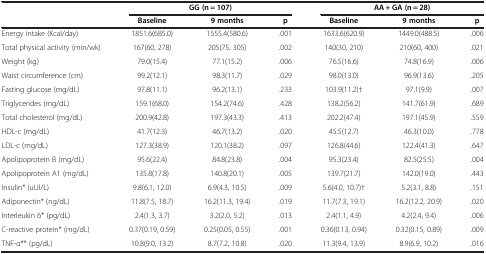
<table><thead><tr><td><b> </b></td><td colspan="3"><b>GG (n = 107)</b></td><td colspan="3"><b>AA + GA (n = 28)</b></td></tr><tr><td><b> </b></td><td><b>Baseline</b></td><td><b>9 months</b></td><td><b>p</b></td><td><b>Baseline</b></td><td><b>9 months</b></td><td><b>p</b></td></tr></thead><tbody><tr><td>Energy intake (Kcal/day)</td><td>1851.6(685.0)</td><td>1555.4(580.6)</td><td>.001</td><td>1633.6(620.9)</td><td>1449.0(488.5)</td><td>.006</td></tr><tr><td>Total physical activity (min/wk)</td><td>167(60, 278)</td><td>205(75, 305)</td><td>.002</td><td>140(30, 210)</td><td>210(60, 400)</td><td>.021</td></tr><tr><td>Weight (kg)</td><td>79.0(15.4)</td><td>77.1(15.2)</td><td>.006</td><td>76.5(16.6)</td><td>74.8(16.9)</td><td>.006</td></tr><tr><td>Waist circumference (cm)</td><td>99.2(12.1)</td><td>98.3(11.7)</td><td>.029</td><td>98.0(13.0)</td><td>96.9(13.6)</td><td>.205</td></tr><tr><td>Fasting glucose (mg/dL)</td><td>97.8(11.1)</td><td>96.2(13.1)</td><td>.233</td><td>103.9(11.2)†</td><td>97.1(9.9)</td><td>.007</td></tr><tr><td>Triglycerides (mg/dL)</td><td>159.1(68.0)</td><td>154.2(74.6)</td><td>.428</td><td>138.2(56.2)</td><td>141.7(61.9)</td><td>.689</td></tr><tr><td>Total cholesterol (mg/dL)</td><td>200.9(42.8)</td><td>197.3(43.3)</td><td>.413</td><td>202.2(47.4)</td><td>197.1(45.9)</td><td>.559</td></tr><tr><td>HDL-c (mg/dL)</td><td>41.7(12.3)</td><td>46.7(13.2)</td><td>.020</td><td>45.5(12.7)</td><td>46.3(10.0)</td><td>.778</td></tr><tr><td>LDL-c (mg/dL)</td><td>127.3(38.9)</td><td>120.1(38.2)</td><td>.097</td><td>126.8(44.6)</td><td>122.4(41.3)</td><td>.647</td></tr><tr><td>Apolipoprotein B (mg/dL)</td><td>95.6(22.4)</td><td>84.8(23.8)</td><td>.004</td><td>95.3(23.4)</td><td>82.5(25.5)</td><td>.004</td></tr><tr><td>Apolipoprotein A1 (mg/dL)</td><td>135.8(17.8)</td><td>140.8(20.1)</td><td>.005</td><td>139.7(21.7)</td><td>142.0(19.0)</td><td>.443</td></tr><tr><td>Insulin* (uUl/L)</td><td>9.8(6.1, 12.0)</td><td>6.9(4.3, 10.5)</td><td>.009</td><td>5.6(4.0, 10.7)†</td><td>5.2(3.1, 8.8)</td><td>.151</td></tr><tr><td>Adiponectin* (ng/dL)</td><td>11.8(7.5, 18.7)</td><td>16.2(11.3, 19.4)</td><td>.019</td><td>11.7(7.3, 19.1)</td><td>16.2(12.2, 20.9)</td><td>.020</td></tr><tr><td>Interleukin 6* (pg/dL)</td><td>2.4(1.3, 3.7)</td><td>3.2(2.0, 5.2)</td><td>.013</td><td>2.4(1.1, 4.9)</td><td>4.2(2.4, 9.4)</td><td>.006</td></tr><tr><td>C-reactive protein* (mg/dL)</td><td>0.37(0.19, 0.59)</td><td>0.25(0.05, 0.55)</td><td>.001</td><td>0.36(0.13, 0.94)</td><td>0.32(0.15, 0.89)</td><td>.009</td></tr><tr><td>TNF-α** (pg/dL)</td><td>10.8(9.0, 13.2)</td><td>8.7(7.2, 10.8)</td><td>.020</td><td>11.3(9.4, 13.9)</td><td>8.9(6.9, 10.2)</td><td>.016</td></tr></tbody></table>